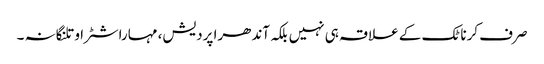
صرف کرناٹک کے علاقہ ہی نہیں بلکہ آندھرا پردیش، مہاراشٹرا و تلنگانہ ۔